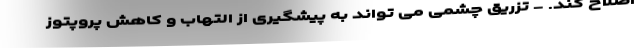
اصلاح کند. - تزریق چشمی می تواند به پیشگیری از التهاب و کاهش پروپتوز